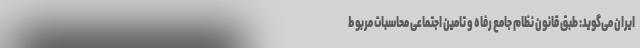
ایران می‌گوید: طبق قانون نظام جامع رفاه و تامین اجتماعی محاسبات مربوط